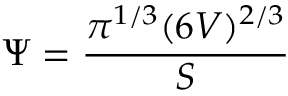
\Psi = \frac { \pi ^ { 1 / 3 } ( 6 V ) ^ { 2 / 3 } } { S }